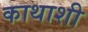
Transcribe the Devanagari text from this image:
काथाशी